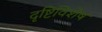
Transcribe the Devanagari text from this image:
दृष्टिविशेष